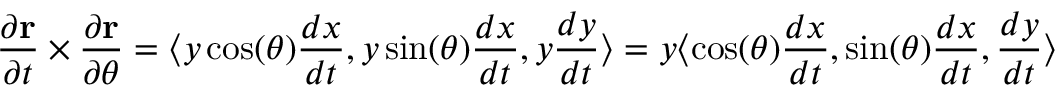
{ \frac { \partial \mathbf { r } } { \partial t } } \times { \frac { \partial \mathbf { r } } { \partial \theta } } = \langle y \cos ( \theta ) { \frac { d x } { d t } } , y \sin ( \theta ) { \frac { d x } { d t } } , y { \frac { d y } { d t } } \rangle = y \langle \cos ( \theta ) { \frac { d x } { d t } } , \sin ( \theta ) { \frac { d x } { d t } } , { \frac { d y } { d t } } \rangle